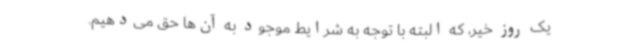
یک روز خیر، که البته با توجه به شرایط موجود به آن‌ها حق می‌دهیم.